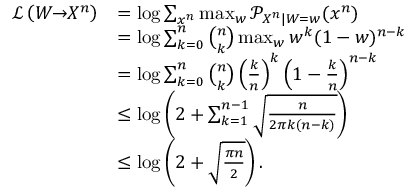
\begin{array} { r l } { \mathcal { L } \left( W \! \! \to \! \! X ^ { n } \right) } & { = \log \sum _ { x ^ { n } } \operatorname* { m a x } _ { w } \mathcal { P } _ { X ^ { n } | W = w } ( x ^ { n } ) } \\ & { = \log \sum _ { k = 0 } ^ { n } \binom { n } { k } \operatorname* { m a x } _ { w } w ^ { k } ( 1 - w ) ^ { n - k } } \\ & { = \log \sum _ { k = 0 } ^ { n } \binom { n } { k } \left( \frac { k } { n } \right) ^ { k } \left( 1 - \frac { k } { n } \right) ^ { n - k } } \\ & { \leq \log \left( 2 + \sum _ { k = 1 } ^ { n - 1 } \sqrt { \frac { n } { 2 \pi k ( n - k ) } } \right) } \\ & { \leq \log \left( 2 + \sqrt { \frac { \pi n } { 2 } } \right) . } \end{array}